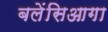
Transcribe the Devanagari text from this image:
बलेंसिआगा